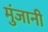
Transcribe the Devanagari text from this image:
मुंजानी